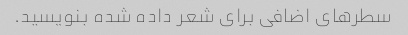
سطرهای اضافی برای شعر داده شده بنویسید.